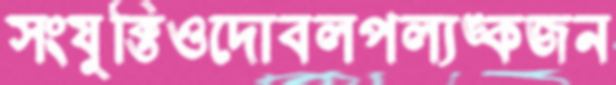
সংযুক্তিওদোবলপল্যঙ্কজন